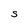
Character: S